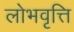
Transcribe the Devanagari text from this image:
लोभवृत्ति